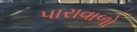
પારાવાળો